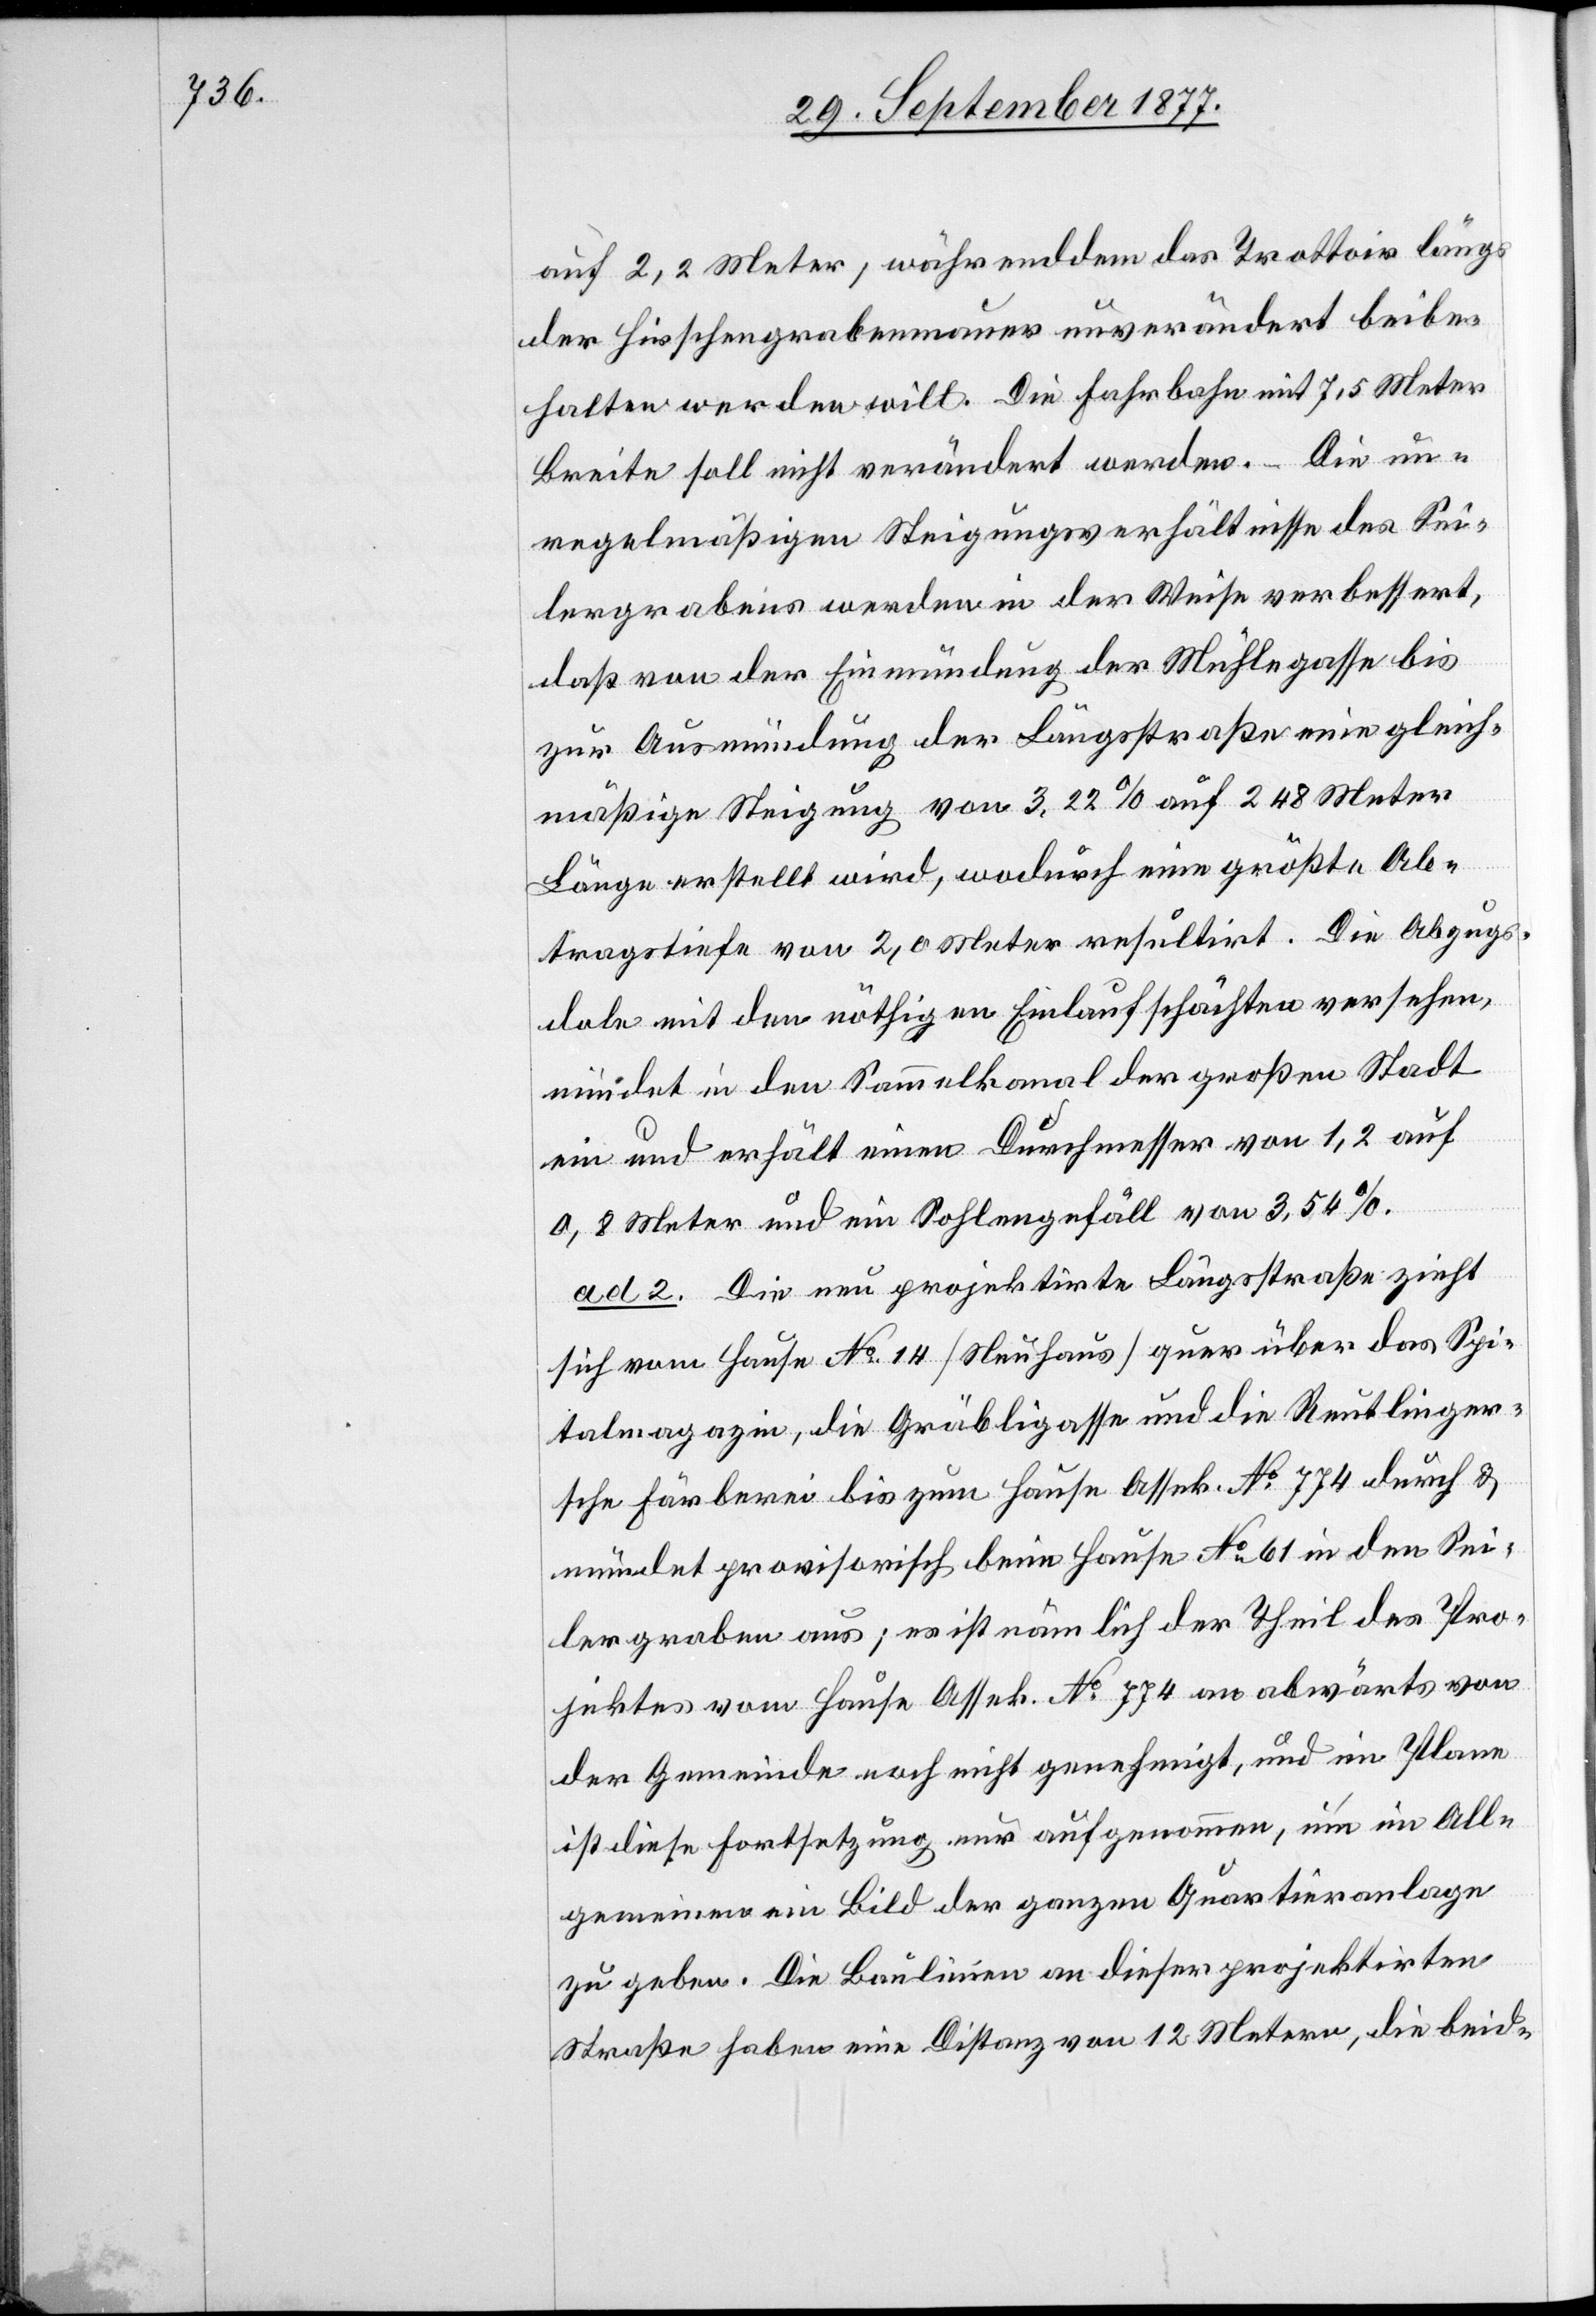
auf 2,2 Meter, währenddem das Trottoir längs
der Hirschengrabenmauer unverändert beibe¬
halten werden will. Die Fahrbahn mit 7,5 Meter
Breite soll nicht verändert werden. – Die un¬
regelmäßigen Steigungsverhältnisse des Sei¬
lergrabens werden in der Weise verbessert,
daß von der Einmündung der Mühlegasse bis
zur Ausmündung der Längsstraße eine gleich¬
mäßige Steigung von 3,22 % auf 248 Meter
Länge erstellt wird, wodurch eine größte Ab¬
tragstiefe von 2,0 Meter resultirt. Die Abzugs¬
dole mit den nöthigen Einlaufschächten versehen,
mündet in den Sammelkanal der großen Stadt
ein und erhält einen Durchmesser von 1,2 auf
0,8 Meter und ein Sohlengefäll von 3,54 %.
ad. 2. Die neu projektirte Längsstraße zieht
sich vom Hause No 14 [Neuhaus] quer über das Spi¬
talmagazin, die Gräbligasse und die Reutlinger¬
sche Färberei bis zum Hause Assek. No 774 durch &
mündet provisorisch beim Hause No 61 in den Sei¬
lergraben aus; es ist nämlich der Theil des Pro¬
jektes vom Hause Assek. No 774 an abwärts von
der Gemeinde noch nicht genehmigt, und im Plane
ist diese Fortsetzung nur aufgenommen, um im All¬
gemeinen ein Bild der ganzen Quartieranlage
zu geben. Die Baulinien an dieser projektirten
Straße haben eine Distanz von 12 Metern, die beid-